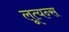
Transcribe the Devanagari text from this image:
लूत्यन्स